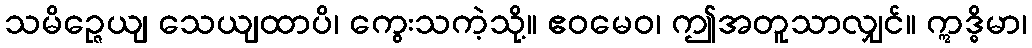
သမိဉ္ဇေယျ သေယျထာပိ၊ ကွေးသကဲ့သို့။ ဧဝမေဝ၊ ဤအတူသာလျှင်။ ဣဒ္ဓိမာ၊